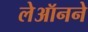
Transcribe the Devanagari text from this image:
लेऑनने